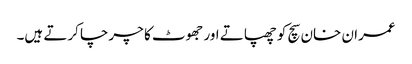
عمران خان سچ کو چھپاتے اور جھوٹ کا چرچا کرتے ہیں۔